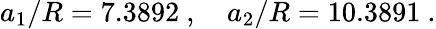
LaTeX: a_{1}/R=7.3892\ ,\quad a_{2}/R=10.3891\ .